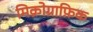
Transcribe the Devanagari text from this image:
मिक्रोग्राफ़िक